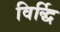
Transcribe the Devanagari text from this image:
विर्द्धि